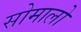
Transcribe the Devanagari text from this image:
सोमालो